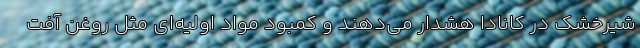
شیرخشک در کانادا هشدار می‌دهند و کمبود مواد اولیه‌ای مثل روغن آفت